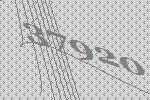
37920